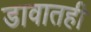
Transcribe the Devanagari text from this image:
डावातही